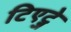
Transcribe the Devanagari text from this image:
टिएट्जे